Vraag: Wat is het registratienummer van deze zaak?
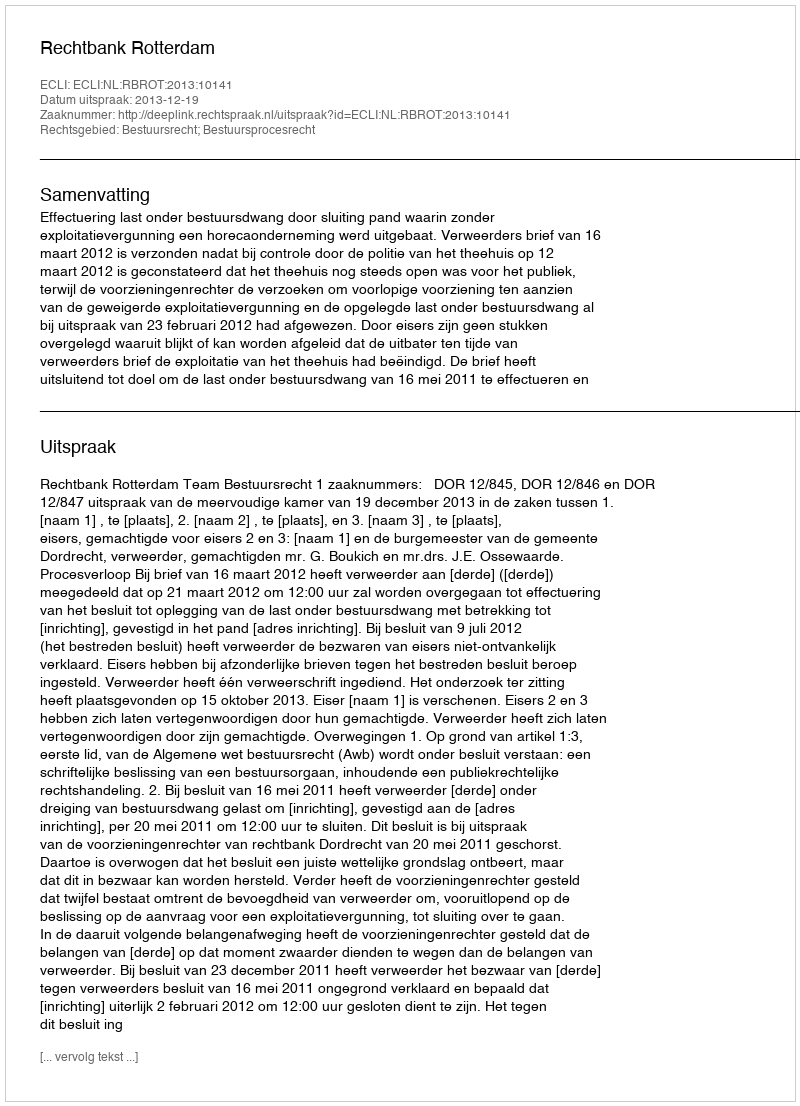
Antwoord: http://deeplink.rechtspraak.nl/uitspraak?id=ECLI:NL:RBROT:2013:10141